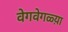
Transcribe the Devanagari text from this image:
वेगवेगळ्य़ा